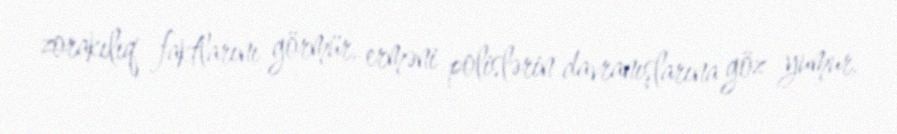
zorakılıq faktlarını görmür, erməni polislərin davranışlarına göz yumur,